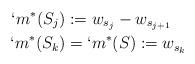
LaTeX: \begin{align*}`m^*(S_j)&:=w_{s_j}-w_{s_{j+1}}\kern1em \\`m^*(S_k)&=`m^*(S):=w_{s_k}\end{align*}